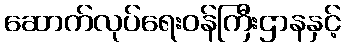
ဆောက်လုပ်ရေးဝန်ကြီးဌာနနှင့်